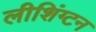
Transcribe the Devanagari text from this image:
लीशिंग्टन